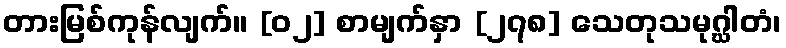
တားမြစ်ကုန်လျက်။ [၀၂] စာမျက်နှာ [၂၇၈] သေတုသမုဂ္ဃါတံ၊